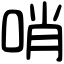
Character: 哨